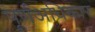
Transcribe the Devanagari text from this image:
पूर्णअधिकार